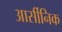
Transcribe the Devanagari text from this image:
आर्सीनिक